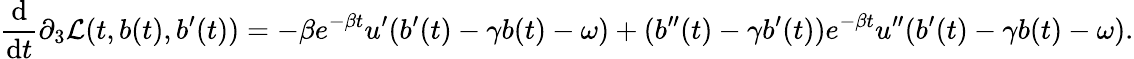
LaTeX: \frac{\mathrm{d}}{\mathrm{d}t}\partial_{3}\mathcal{L}(t,b(t),b^{\prime}(t))=-\beta e^{-\beta t}u^{\prime}(b^{\prime}(t)-\gamma b(t)-\omega)+(b^{\prime\prime}(t)-\gamma b^{\prime}(t))e^{-\beta t}u^{\prime\prime}(b^{\prime}(t)-\gamma b(t)-\omega).